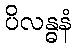
ပိလန္ဓနံ